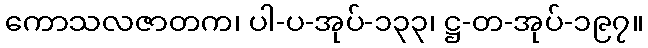
ကောသလဇာတက၊ ပါ-ပ-အုပ်-၁၃၃၊ ဋ္ဌ-တ-အုပ်-၁၉၇။